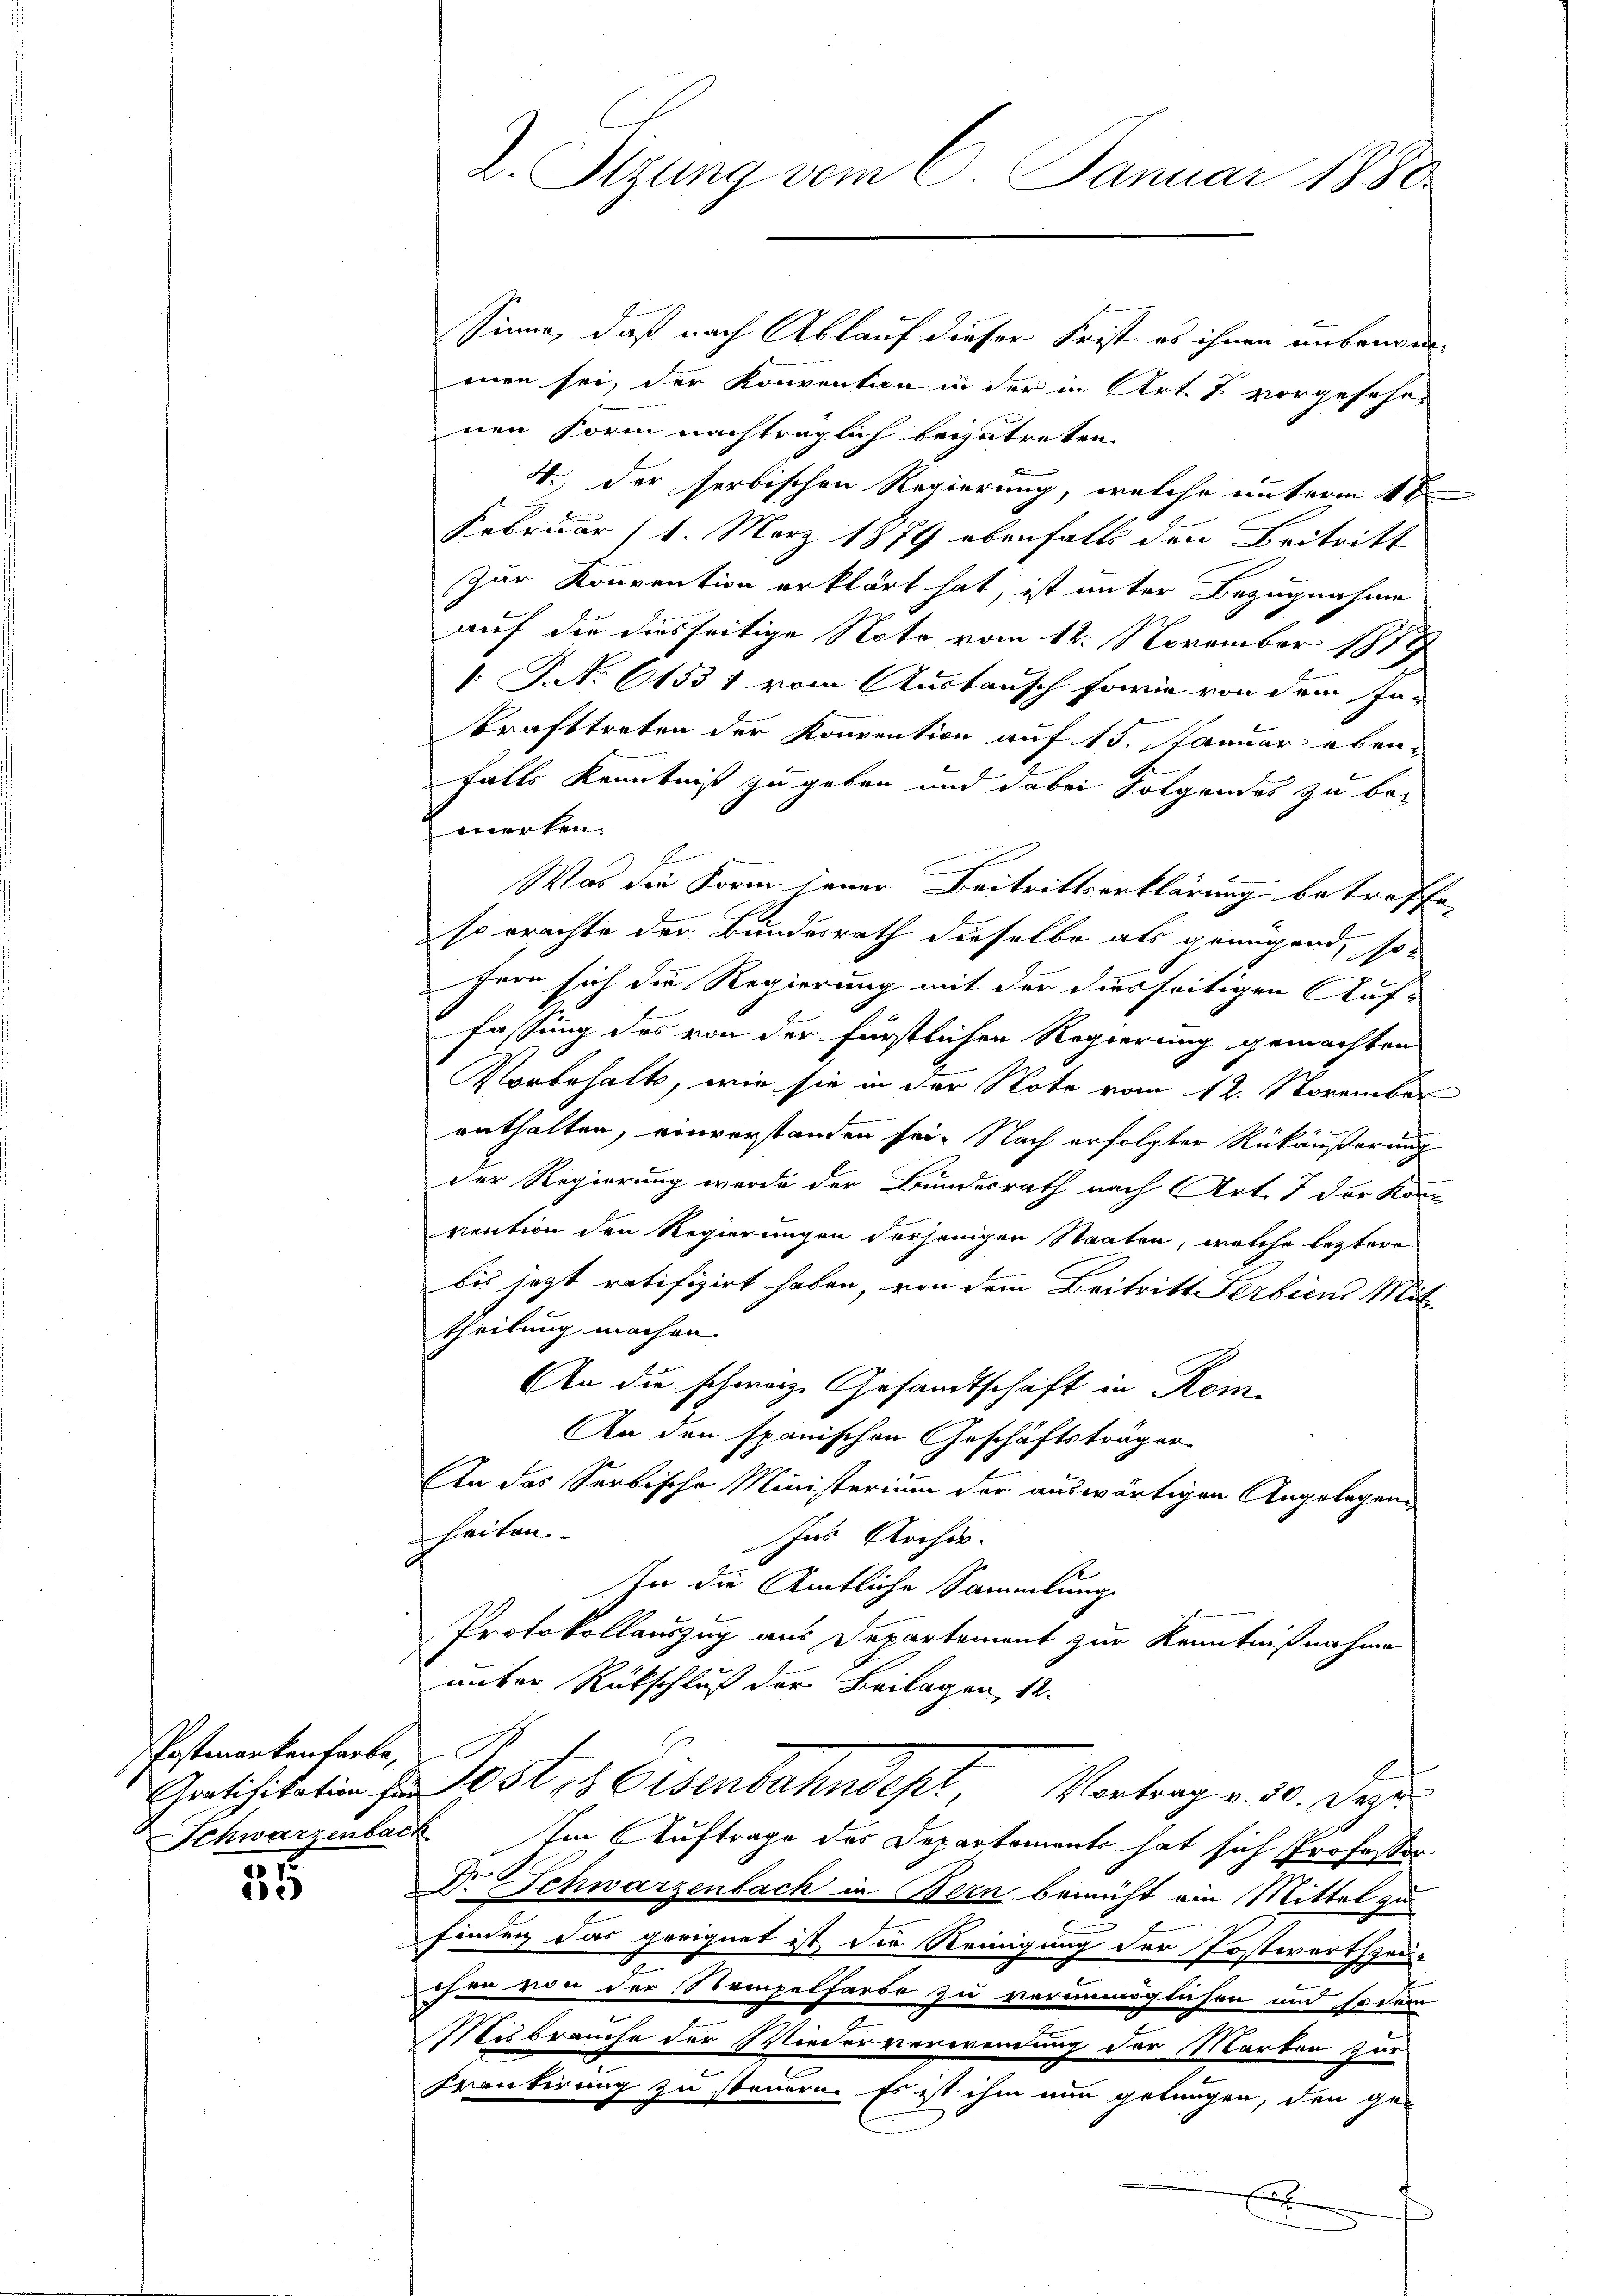
Postmarkentarbe,

25

d. Sizung vom 6. Januar 1880.

Sinne, daß nach Ablauf dieser Frist es ihnen unbenom-
men sei, der Konvention in der in Art. 7 vorgesehenen Form nachträglich beizutreten.
4., der serbischen Regierung, welche unterm 1ten
Februar (1. März 1879 ebenfalls den Beitritt
zur Konvention erklärt hat, ist unter Bezugnahme
auf die diesseitige Note vom 12. November 1819
: P. Nr. 61531 vom Austausch sowie von dem In-
krafttreten der Konvention auf 15. Januar ebenfalls Kenntniß zu geben und dabei Folgendes zu be¬
 merken.
Was die Form jener Beitrittserklärung betreffe,
so erachte der Bundesrath dieselbe als genügend, so
tern sich die Regierung mit der diesseitigen Auf-
fassung des von der fürstlichen Regierung gemachten
Vorbehalts, wie sie in der Note vom 12. November
enthalten, einverstanden sei. Nach erfolgter Rückäußerung
der Regierung werde der Bundesrath nach Art. 7 der Kon
vention den Regierungen derjenigen Staaten, welche leztere
bis jetzt ratifizirt haben, von dem Beitritt Serbiens Mit
theilung machen.
An die schwarze Gesandtschaft in Kom¬
An den spanischen Geschäftsträger-
An das Serbische Ministerium der auswärtigen Angelegenheiten.
Ins Archiv.
In die Amtliche Sammlung
Protokollauszug aus Departement zur Kenntnißnahme
unter Rückschluß der Beilagen, 12.
Gratifikation den 105t, 8 Eisenbahndept, Vortrag v. 30. Deze
Schwarzenback Im Auftrage des Departements hat sich Professor
Dr. Schwarzenbach in Bern bemüht ein Mittel zu
finden das geeignet ist die Reinigung der Postwertheiohre von der Stempelfarbe zu vermöglichen und so dem
Misbrauche der Wiedervererendung der Marten zur
Frankirung zu steuern. Es ist ihm nun gelangen, den gex